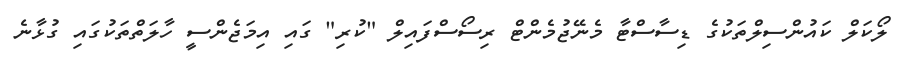
ލޯކަލް ކައުންސިލްތަކުގެ ޑިސާސްޓާ މެނޭޖުމެންޓް ރިސޯސްފައިލް "ކުރި" ގައި އިމަޖެންސީ ހާލަތްތަކުގައި ގުޅާނެ